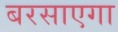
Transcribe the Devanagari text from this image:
बरसाएगा